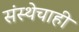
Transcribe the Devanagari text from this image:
संस्थेचाही